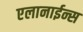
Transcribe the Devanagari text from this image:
एलानाईन्स